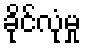
ခိုင်လုံမှု